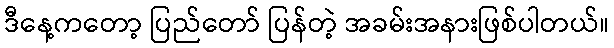
ဒီနေ့ကတော့ ပြည်တော် ပြန်တဲ့ အခမ်းအနားဖြစ်ပါတယ်။